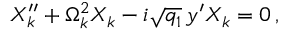
X _ { k } ^ { \prime \prime } + \Omega _ { k } ^ { 2 } X _ { k } - i \sqrt { q _ { 1 } } \, y ^ { \prime } X _ { k } = 0 \, ,